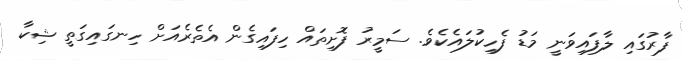
ފާރުގައި ލާފައިވަނީ މަޑު ފެހިކުލައެކެވެ. ސަމީރު ފޮށިތައް ހިފައިގެން އެތެރެއަށް ހިނގައިގަތީ ޝިކާ